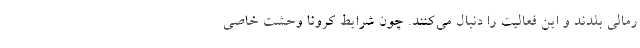
رمالی بلدند و این فعالیت را دنبال می‌کنند. چون شرایط کرونا وحشت خاصی